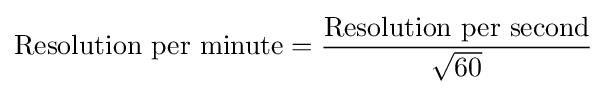
{\text{Resolution per minute}}={{\text{Resolution per second}} \over {\sqrt {60}}}